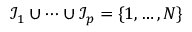
\mathcal { I } _ { 1 } \cup \cdots \cup \mathcal { I } _ { p } = \{ 1 , \ldots , N \}